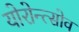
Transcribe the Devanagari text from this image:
योरोन्त्सोव